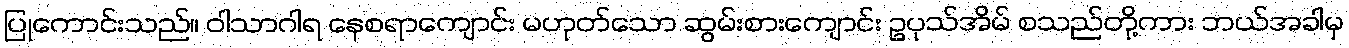
ပြုကောင်းသည်။ ဝါသာဂါရ နေစရာကျောင်း မဟုတ်သော ဆွမ်းစားကျောင်း ဥပုသ်အိမ် စသည်တို့ကား ဘယ်အခါမှ